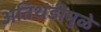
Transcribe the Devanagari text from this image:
अतिथंडीमुळे